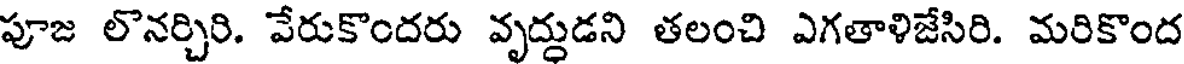
పూజ లొనర్చిరి. వేరుకొందరు వృద్దుడని తలంచి ఎగతాళిజేసిరి. మరికొంద